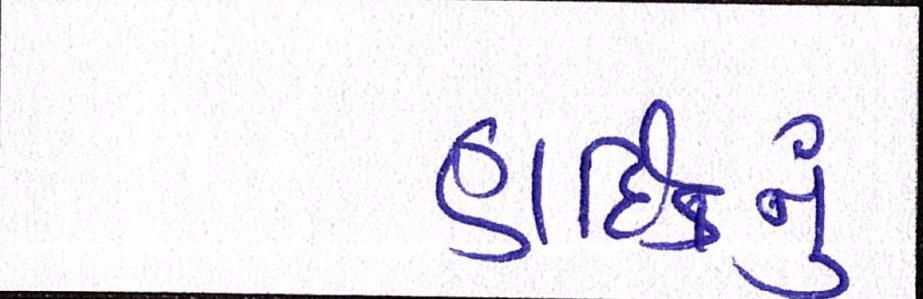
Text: હાર્દિકનું